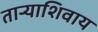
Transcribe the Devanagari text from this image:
ताऱ्याशिवाय